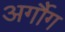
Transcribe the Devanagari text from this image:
अर्गौग